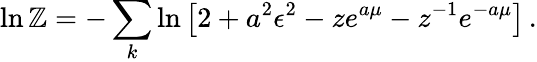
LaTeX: \ln\mathbb{Z}=-\sum_{k}\ln\left[2+a^{2}\epsilon^{2}-ze^{a\mu}-z^{-1}e^{-a\mu}\right]\, .